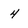
Character: 4